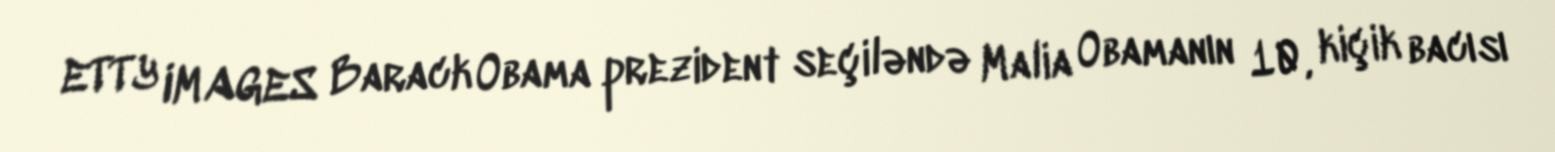
ETTY IMAGES Barack Obama prezident seçiləndə Malia Obamanın 10, kiçik bacısı